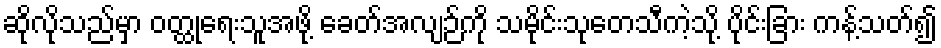
ဆိုလိုသည်မှာ ဝတ္ထုရေးသူအဖို့ ခေတ်အလျဉ်ကို သမိုင်းသုတေသီကဲ့သို့ ပိုင်းခြား ကန့်သတ်၍